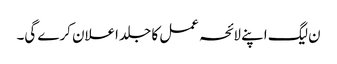
ن لیگ اپنے لائحہ عمل کا جلد اعلان کرے گی۔